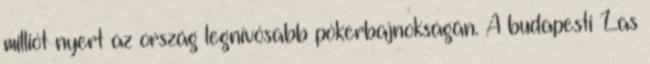
milliót nyert az ország legnívósabb pókerbajnokságán. A budapesti Las